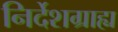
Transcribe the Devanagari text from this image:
निर्देशग्राह्य